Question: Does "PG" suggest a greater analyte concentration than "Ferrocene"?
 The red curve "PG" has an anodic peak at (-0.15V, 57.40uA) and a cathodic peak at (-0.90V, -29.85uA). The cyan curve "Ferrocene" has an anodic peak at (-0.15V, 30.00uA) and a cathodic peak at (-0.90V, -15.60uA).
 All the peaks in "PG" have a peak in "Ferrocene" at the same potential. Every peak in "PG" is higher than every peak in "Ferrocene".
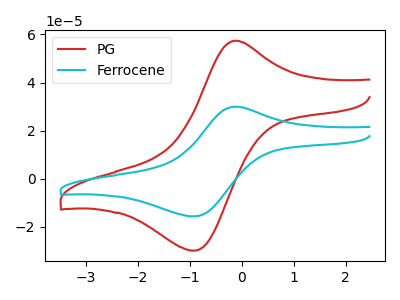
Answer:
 <answer>"PG" has more signal than "Ferrocene".</answer>
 <eval>more_signal</eval>